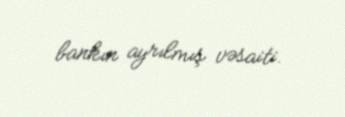
bankın ayrılmış vəsaiti.